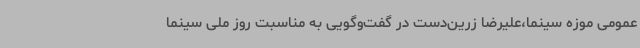
عمومی موزه سینما،علیرضا زرین‌دست در گفت‌وگویی به مناسبت روز ملی سینما